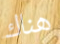
هناك